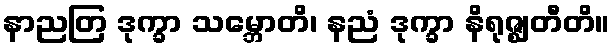
နာညတြ ဒုက္ခာ သမ္ဘောတိ၊ နညံ ဒုက္ခာ နိရုဇ္ဈတီတိ။